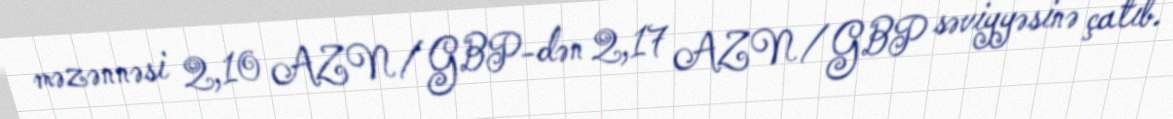
məzənnəsi 2,10 AZN/GBP-dən 2,17 AZN/GBP səviyyəsinə çatıb.